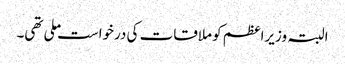
البتہ وزیراعظم کو ملاقات کی درخواست ملی تھی۔